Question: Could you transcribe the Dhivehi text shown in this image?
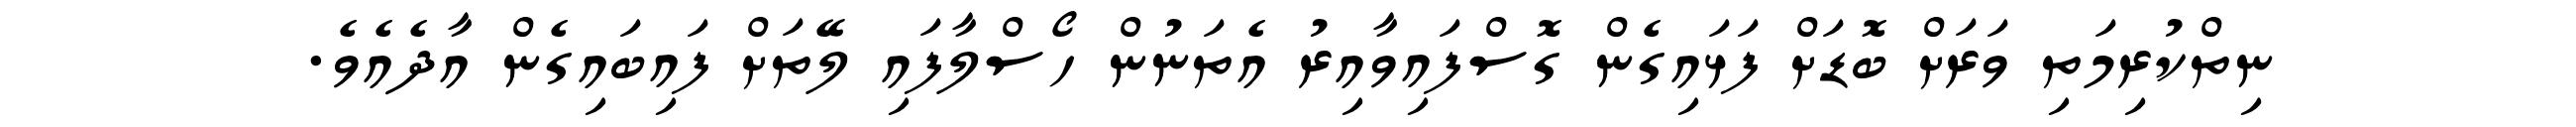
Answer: ނިތްކުރިމަތި ވަރަށް ބޮޑަށް ފަޅައިގެން ގޮސްފައިވާއިރު އެތަނުން ހޯސްލާފައި ލޭތަށް ފައިބައިގެން އާދެއެވެ.